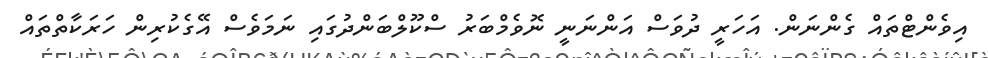
އިވެންްޓްތައް ގެންނަން. އަހަރީ ދުވަސް އަންނަނީ ނޮވެމްބަރު ސްކޫލްބަންދުގައި ނަމަވެސް އޭގެކުރިން ހަރަކާތްތައް